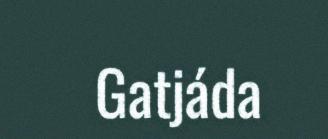
Gatjáda